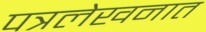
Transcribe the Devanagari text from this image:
पत्रलेखनात